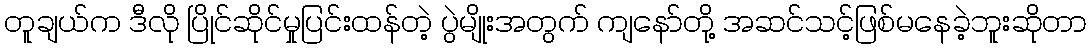
တူချယ်က ဒီလို ပြိုင်ဆိုင်မှုပြင်းထန်တဲ့ ပွဲမျိုးအတွက် ကျနော်တို့ အဆင်သင့်ဖြစ်မနေခဲ့ဘူးဆိုတာ